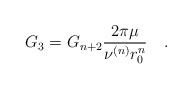
LaTeX: \begin{align*}G_3=G_{n+2}\frac{2\pi\mu}{\nu^{(n)}r_0^n}\quad . \end{align*}